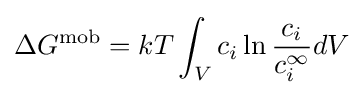
\Delta G^{\text{mob}}=kT\int _{V}c_{i}\ln {\frac {c_{i}}{c_{i}^{\infty }}}dV